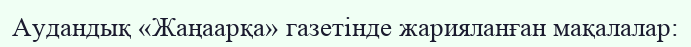
Аудандық «Жаңаарқа» газетінде жарияланған мақалалар: